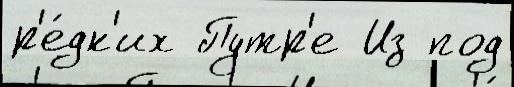
р'е́дк'их Путр'е Из под